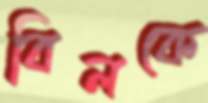
বিলকে